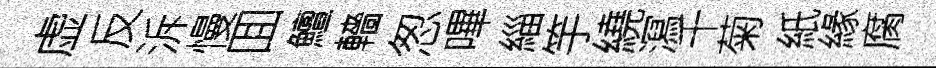
虚反泝慢囬鱣轖怱嗶緇竽繞㵼千菊紙緣腐